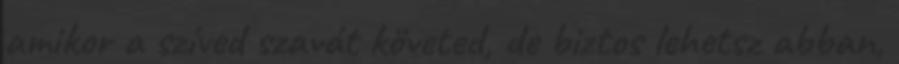
amikor a szíved szavát követed, de biztos lehetsz abban,